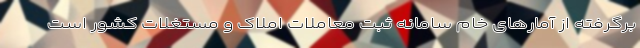
برگرفته از آمارهای خام سامانه ثبت معاملات املاک و مستغلات کشور است